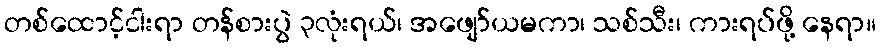
တစ်ထောင့်ငါးရာ တန်စားပွဲ ၃လုံးရယ်၊ အဖျော်ယမကာ၊ သစ်သီး၊ ကားရပ်ဖို့ နေရာ။